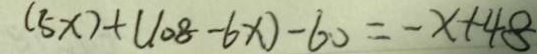
( 5 x ) + ( 1 0 8 - 6 x ) - 6 0 = - x + 4 8